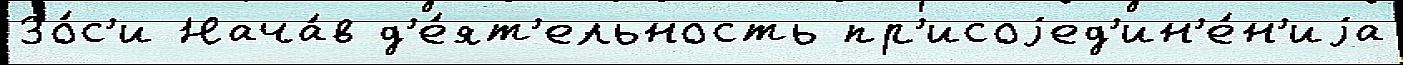
Зо́с'и Нача́в д'е́ят'ельность пр'исоjед'ин'е́н'иjа